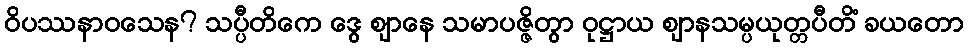
ဝိပဿနာဝသေန? သပ္ပီတိကေ ဒွေ ဈာနေ သမာပဇ္ဇိတွာ ဝုဋ္ဌာယ ဈာနသမ္ပယုတ္တပီတိံ ခယတော